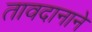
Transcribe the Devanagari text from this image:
तावदानाने